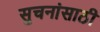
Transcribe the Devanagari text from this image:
सुचनांसाठी